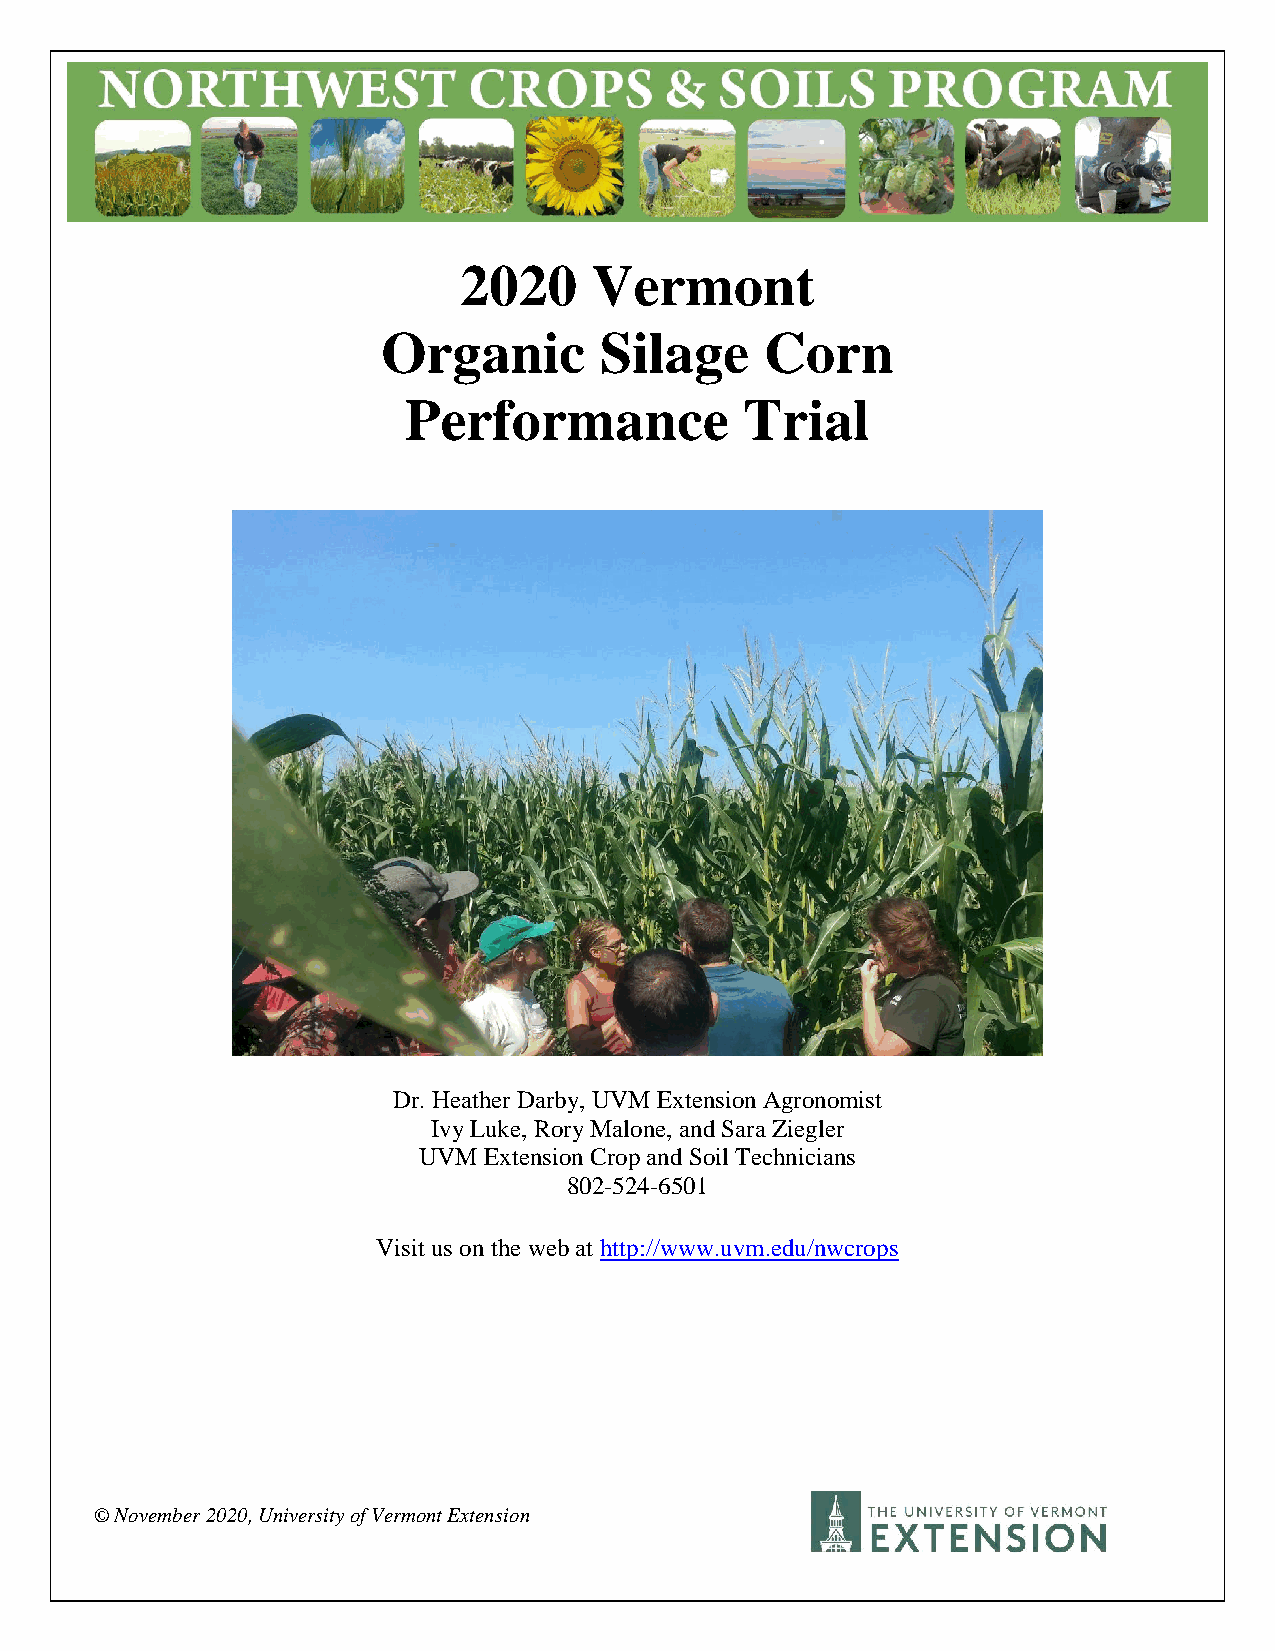
2020     Vermont
 Organic        Silage     Corn
 Performance           Trial
 Dr. Heather Darby, UVM Extension Agronomist
 Ivy Luke, Rory Malone, and Sara Ziegler
 UVM Extension Crop and Soil Technicians
 802-524-6501
 Visit us on the web at http://www.uvm.edu/nwcrops
 © November 2020, University of Vermont Extension